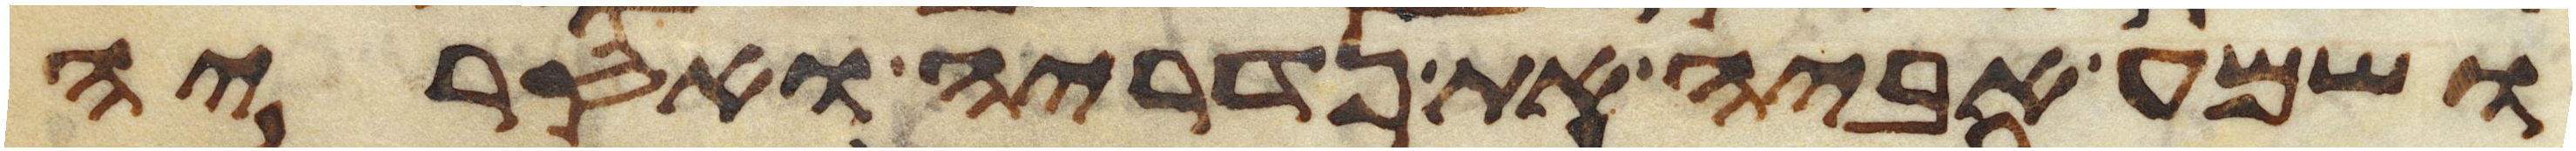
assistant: ושמע אביה את נדריה ואסריה